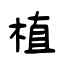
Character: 植